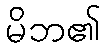
မိဘ၏